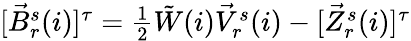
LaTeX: \begin{array}{r}{[\vec{B}_{r}^{s}(i)]^{\tau}=\frac{1}{2}\tilde{W}(i)\vec{V}_{r}^{s}(i)-[\vec{Z}_{r}^{s}(i)]^{\tau}}\end{array}